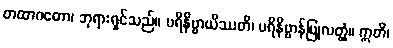
တထာဂတော၊ ဘုရားရှင်သည်။ ပရိနိဗ္ဗာယိဿတိ၊ ပရိနိဗ္ဗာန်ပြုလတ္တံ့။ ဣတိ၊